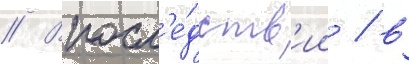
// Впосл'е́дств'ии / в